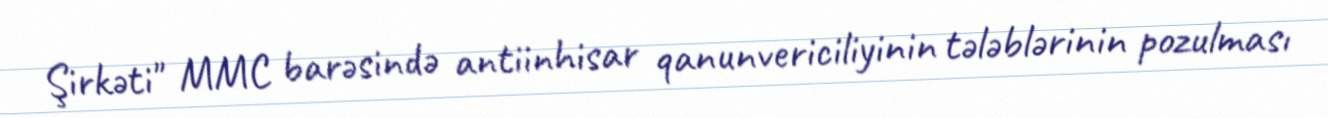
Şirkəti" MMC barəsində antiinhisar qanunvericiliyinin tələblərinin pozulması